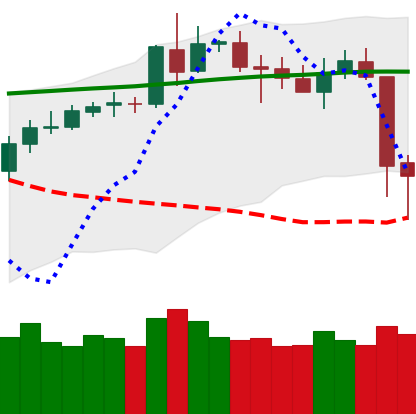
Ticker: BNB-USD
Chart end date: 2020-05-11
Forward return: 6.32%
Label: up_5_7